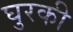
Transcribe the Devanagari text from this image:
घुरकी